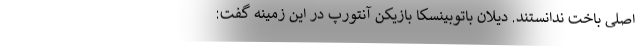
اصلی باخت ندانستند. دیلان باتوبینسکا بازیکن آنتورپ در این زمینه گفت: